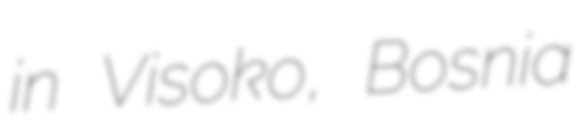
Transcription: in Visoko, Bosnia